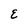
Character: E